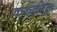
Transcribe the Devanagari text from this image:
करुको्ल